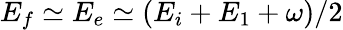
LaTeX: E_{f}\simeq E_{e}\simeq(E_{i}+E_{1}+\omega)/2